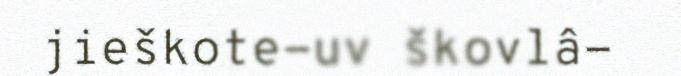
jieškote-uv škovlâ-